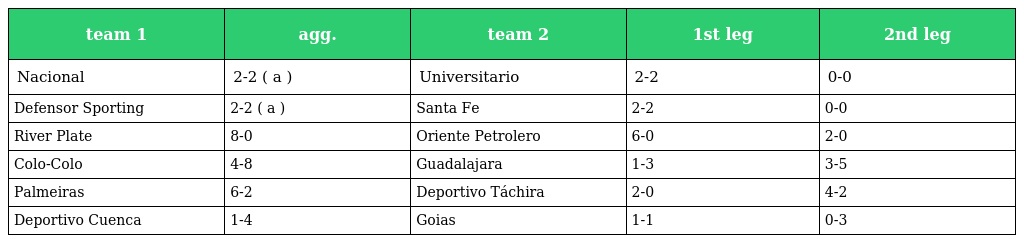
| team 1 | agg. | team 2 | 1st leg | 2nd leg |
 | --- | --- | --- | --- | --- |
 | Nacional | 2-2 ( a ) | Universitario | 2-2 | 0-0 |
 | Defensor Sporting | 2-2 ( a ) | Santa Fe | 2-2 | 0-0 |
 | River Plate | 8-0 | Oriente Petrolero | 6-0 | 2-0 |
 | Colo-Colo | 4-8 | Guadalajara | 1-3 | 3-5 |
 | Palmeiras | 6-2 | Deportivo Táchira | 2-0 | 4-2 |
 | Deportivo Cuenca | 1-4 | Goias | 1-1 | 0-3 |